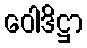
ဝေါဒိဋ္ဌာ